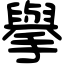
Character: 擧